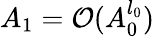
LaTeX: A_{1}=\mathcal{O}(A_{0}^{l_{0}})